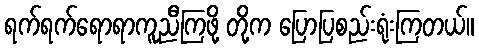
ရက်ရက်ရောရာကူညီကြဖို့ တို့က ပြောပြစည်းရုံးကြတယ်။